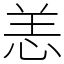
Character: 恙